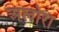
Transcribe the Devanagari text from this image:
अलोरा